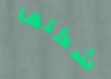
شكلها